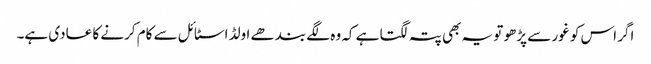
اگر اس کو غور سے پڑھو تو یہ بھی پتہ لگتا ہے کہ وہ لگے بندھے اولڈ اسٹائل سے کام کرنے کا عادی ہے۔